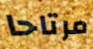
مرتاحا